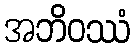
အဘိဝဿံ